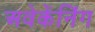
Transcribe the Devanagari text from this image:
अवेकेंनिंग